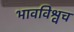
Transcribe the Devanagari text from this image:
भावविश्वच